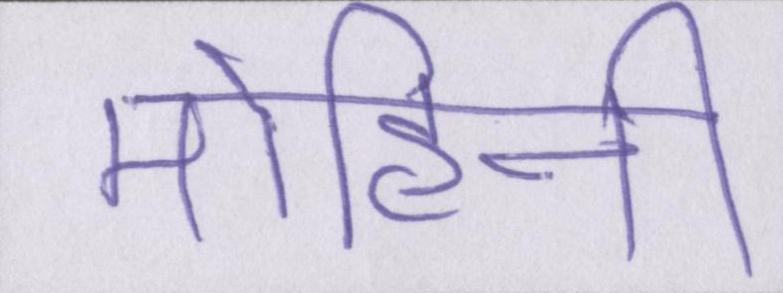
मोहिनी